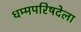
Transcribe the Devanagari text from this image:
धम्मपरिषदेला